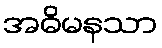
အဓိမနသာ